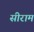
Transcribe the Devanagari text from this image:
सीराम